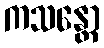
ကသန္တော